Calcutta medical institutions reports 1871-78
Year: 1871
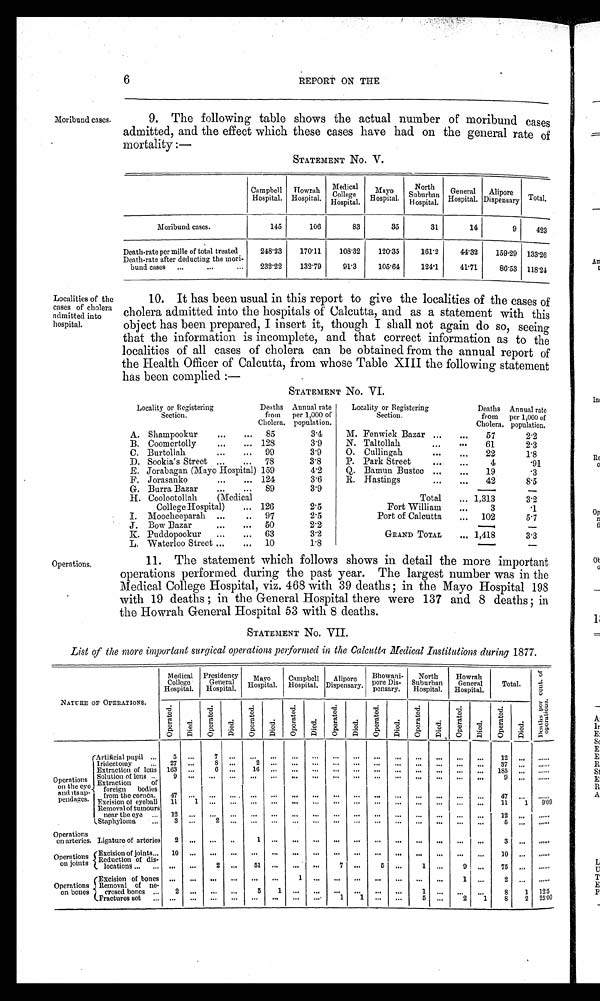
6
REPORT ON THE
Moribund cases.
Localities of the
cases of cholera
admitted into
hospital.
9. The following table shows the actual number of moribund cases
admitted, and the effect which these cases have had on the general rate of
mortality:—
STATEMENT No. V.
Campbell
Hospital.
Howrah
Hospital.
Medical
College
Hospital.
M a y o
Hospital.
North
Suburban
Hospital.
G e n e r a l
Hospital.
A l i p o r e
D i s p e n s a r y
Total.
Moribund cases.
145
106
83
35
31
14
9
423
Death-rate per mille of total treated
248·13
170·11
108·32
120·35
161·2
44·32
159·29 133·26
Death-rate after deducting the mori-
bund cases ...
...
...
232·22
132·79
91·3
105·'64
124·1
41·71
86·53 118·24
10. It has been usual in this report to give the localities of the cases of
cholera admitted into the hospitals of Calcutta, and as a statement with this
object has been prepared, I insert it, though I shall not again do so, seeing
that the information is incomplete, and that correct information as to the
localities of all cases of cholera can be obtained from the annual report of
the Health Officer of Calcutta, from whose Table XIII the following statement
has been complied:—
STATEMENT No. VI.
Locality or Registering
Section.
Deaths
from
Cholera.
Annual rate
per 1,000 of
population.
A. Shampookur
...
... 85
3·4
B. Coomertolly
...
... 128
3·9
C. Burtollah
...
... 99
3·9
D. Sookia's Street
. . .
. . .
78
3.8
E. Jorabagan (Mayo Hospital) 159
4·2
F. Jorasanko
...
... 124
3·6
G. Burra Bazar
...
... 89
3·9
H. Coolootollah (Medical
College Hospital)
... 126
2·5
I. Moocheeparah ...
. .
97
2·5
J. Bow Bazar
. . .
... 50
2·2
K. Puddopookur
...
... 63
3·2
L. Waterloo Street ...
... 10
1·8
Locality or Registering
Section.
Deaths
from
Cholera.
Annual rate
per 1,000 of
population.
M. Fenwiek Bazar...
...
57
2·2
N. Taltollah ...
. . .
61
2·3
O. Cullingah ...
. . .
2 2
1 · 8
P. Park Street ...
...
4
·91
Q. Bamun Bustee ...
...
19
·3
R. Hastings ...
. . .
42
8·5
Total
... 1,313
3·2
Fort William
. . .
3
·1
Port of Calcutta
... 102
5·7
GRAND TOTAL
... 1,418
3·3
Operations.
11. The statement which follows shows in detail the more important
operations performed during the past year. The largest number was in the
Medical College Hospital, viz. 468 with 39 deaths; in the Mayo Hospital 198
with 19 deaths; in the General Hospital there were 137 and 8 deaths; in
the Howrah General Hospital 53 with 8 deaths.
STATEMENT No. VII.
List of the more important surgical operations performed in the Calcutta Medical Institutions during 1877.
NATURE OF OPERATIONS.
Medical
College
Hospital.
Presidency
General
Hospital.
Mayo
Hospital.
Campbell
Hospital.
Alipore
Dispensary.
Bhowani-
por e Di s - pe ns a r y.
North
Suburban
Hospital.
Howrah
General
Hospital.
Total.
D e a t h s p e r c o n t . o f o p p e r a t i o n .
O p e r a t e d .
D i e d .
O p e r a t e d .
D i e d .
O p e r a t e d .
D i e d .
O p e r a t e d .
D i e d .
O p e r a t e d .
D i e d .
O p e r a t e d .
D i e d .
O p e r a t e d .
D i e d .
O p e r a t e d .
D i e d .
O p e r a t e d .
D i e d .
Operations
on the eye
and its ap-
pendages.
Artificial pupil ...
5
. . .
7
. . .
. . .
. . .
. . .
. . .
. . .
. . .
. . .
. . .
. . .
. . .
. . .
. . .
12
. . .
......
Iridectomy
... 27 ...
8 . . .
2 . . .
. . .
. . .
. . .
. . .
. . .
. . .
. . .
. . .
. . .
. . .
37
. . .
. . . . .
Extraction of lens 163 ...
6 ...
16
. . .
. . .
. . .
. . .
. . .
. . .
. . .
. . .
. . .
. . .
. . .
185
. . .
. . .
Solution of lens ...
9
. . .
. . .
. . .
. . .
. . .
. . .
. . .
. . .
. . .
. . .
. . .
. . .
. . .
. . .
. . .
9
. . .
. . . . .
Extraction
of
foreign bodies
from the cornea. 47 ... ... ... ...
. . .
. . .
. . .
. . .
. . .
. . .
. . .
. . .
. . .
. . .
. . .
4 7
. . .
. . . . .
Excision of eyeball 11
1 ... ...
. . .
. . .
. . .
. . .
. . .
. . .
. . .
. . .
. . .
. . .
. . .
. . .
1 1
1
9 · 0 9
Removal of tumours
near the eye ... 12
. . .
. . .
. . .
. . .
. . .
. . .
. . .
. . .
. . .
. . .
. . .
. . .
. . .
. . .
. . .
12
. . .
. . . .
Staphyloma
...
3 ...
2
. . .
. . .
. . .
. . .
. . .
. . .
. . .
. . .
. . .
. . .
. . .
. . .
. . .
5
. . .
. . . . .
Operations
on arteries. Ligature of arteries 2 ... ... ...
1
. . .
. . .
. . .
. . .
. . .
. . .
. . .
. . .
. . .
. . .
. . .
3
. . .
......
Operations
on joints
Excision of joints... 10 ... ... ... ... ... ... ... ... ... ...
. . .
. . . . . .
. . .
...
10 ... ..... .
Reduction of dis-locations ... ...
. . .
. . .
2
. . .
5 1 . . .
...
. . .
7
. . .
5
. . .
1 ...
9 ...
75
. . .
. . . . .
Operations
on bones
E x c i s i o n o f b o n e s
. . . . . .
. . .
. . . . . .
. . .
1
. . .
. . .
. . .
. . .
. . .
. . .
. . .
1
. . .
2
. . .
. . . . . .
R e m o v a l o f n e - c r o s e d b o n e s . . .
2
. . .
. . .
. . .
5 1
. . .
. . .
. . .
. . .
. . .
. . .
1 . . .
. . .
. . .
8
1
1 2 · 5
F r a c t u r e s e t . . . . . .
. . .
... ...
. . .
... ...
. . .
1
1
. . .
. . .
5
. . .
2
1
8
2
2 5 · 0 0